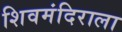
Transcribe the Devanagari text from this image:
शिवमंदिराला